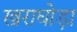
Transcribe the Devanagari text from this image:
खराघोड़ा